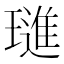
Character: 璡